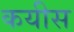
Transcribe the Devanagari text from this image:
कयीस